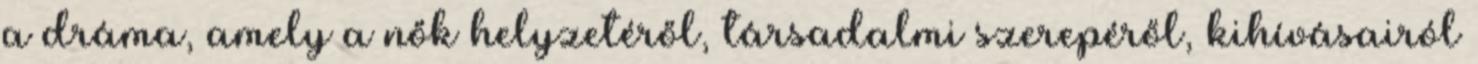
a dráma, amely a nők helyzetéről, társadalmi szerepéről, kihívásairól